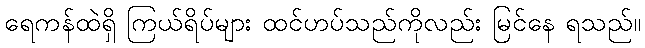
ရေကန်ထဲရှိ ကြယ်ရိပ်များ ထင်ဟပ်သည်ကိုလည်း မြင်နေ ရသည်။